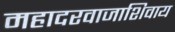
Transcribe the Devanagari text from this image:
महादरवाजाशिवाय